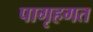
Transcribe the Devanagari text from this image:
पागृहगत